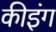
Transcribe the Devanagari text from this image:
कीइंग